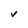
Character: V